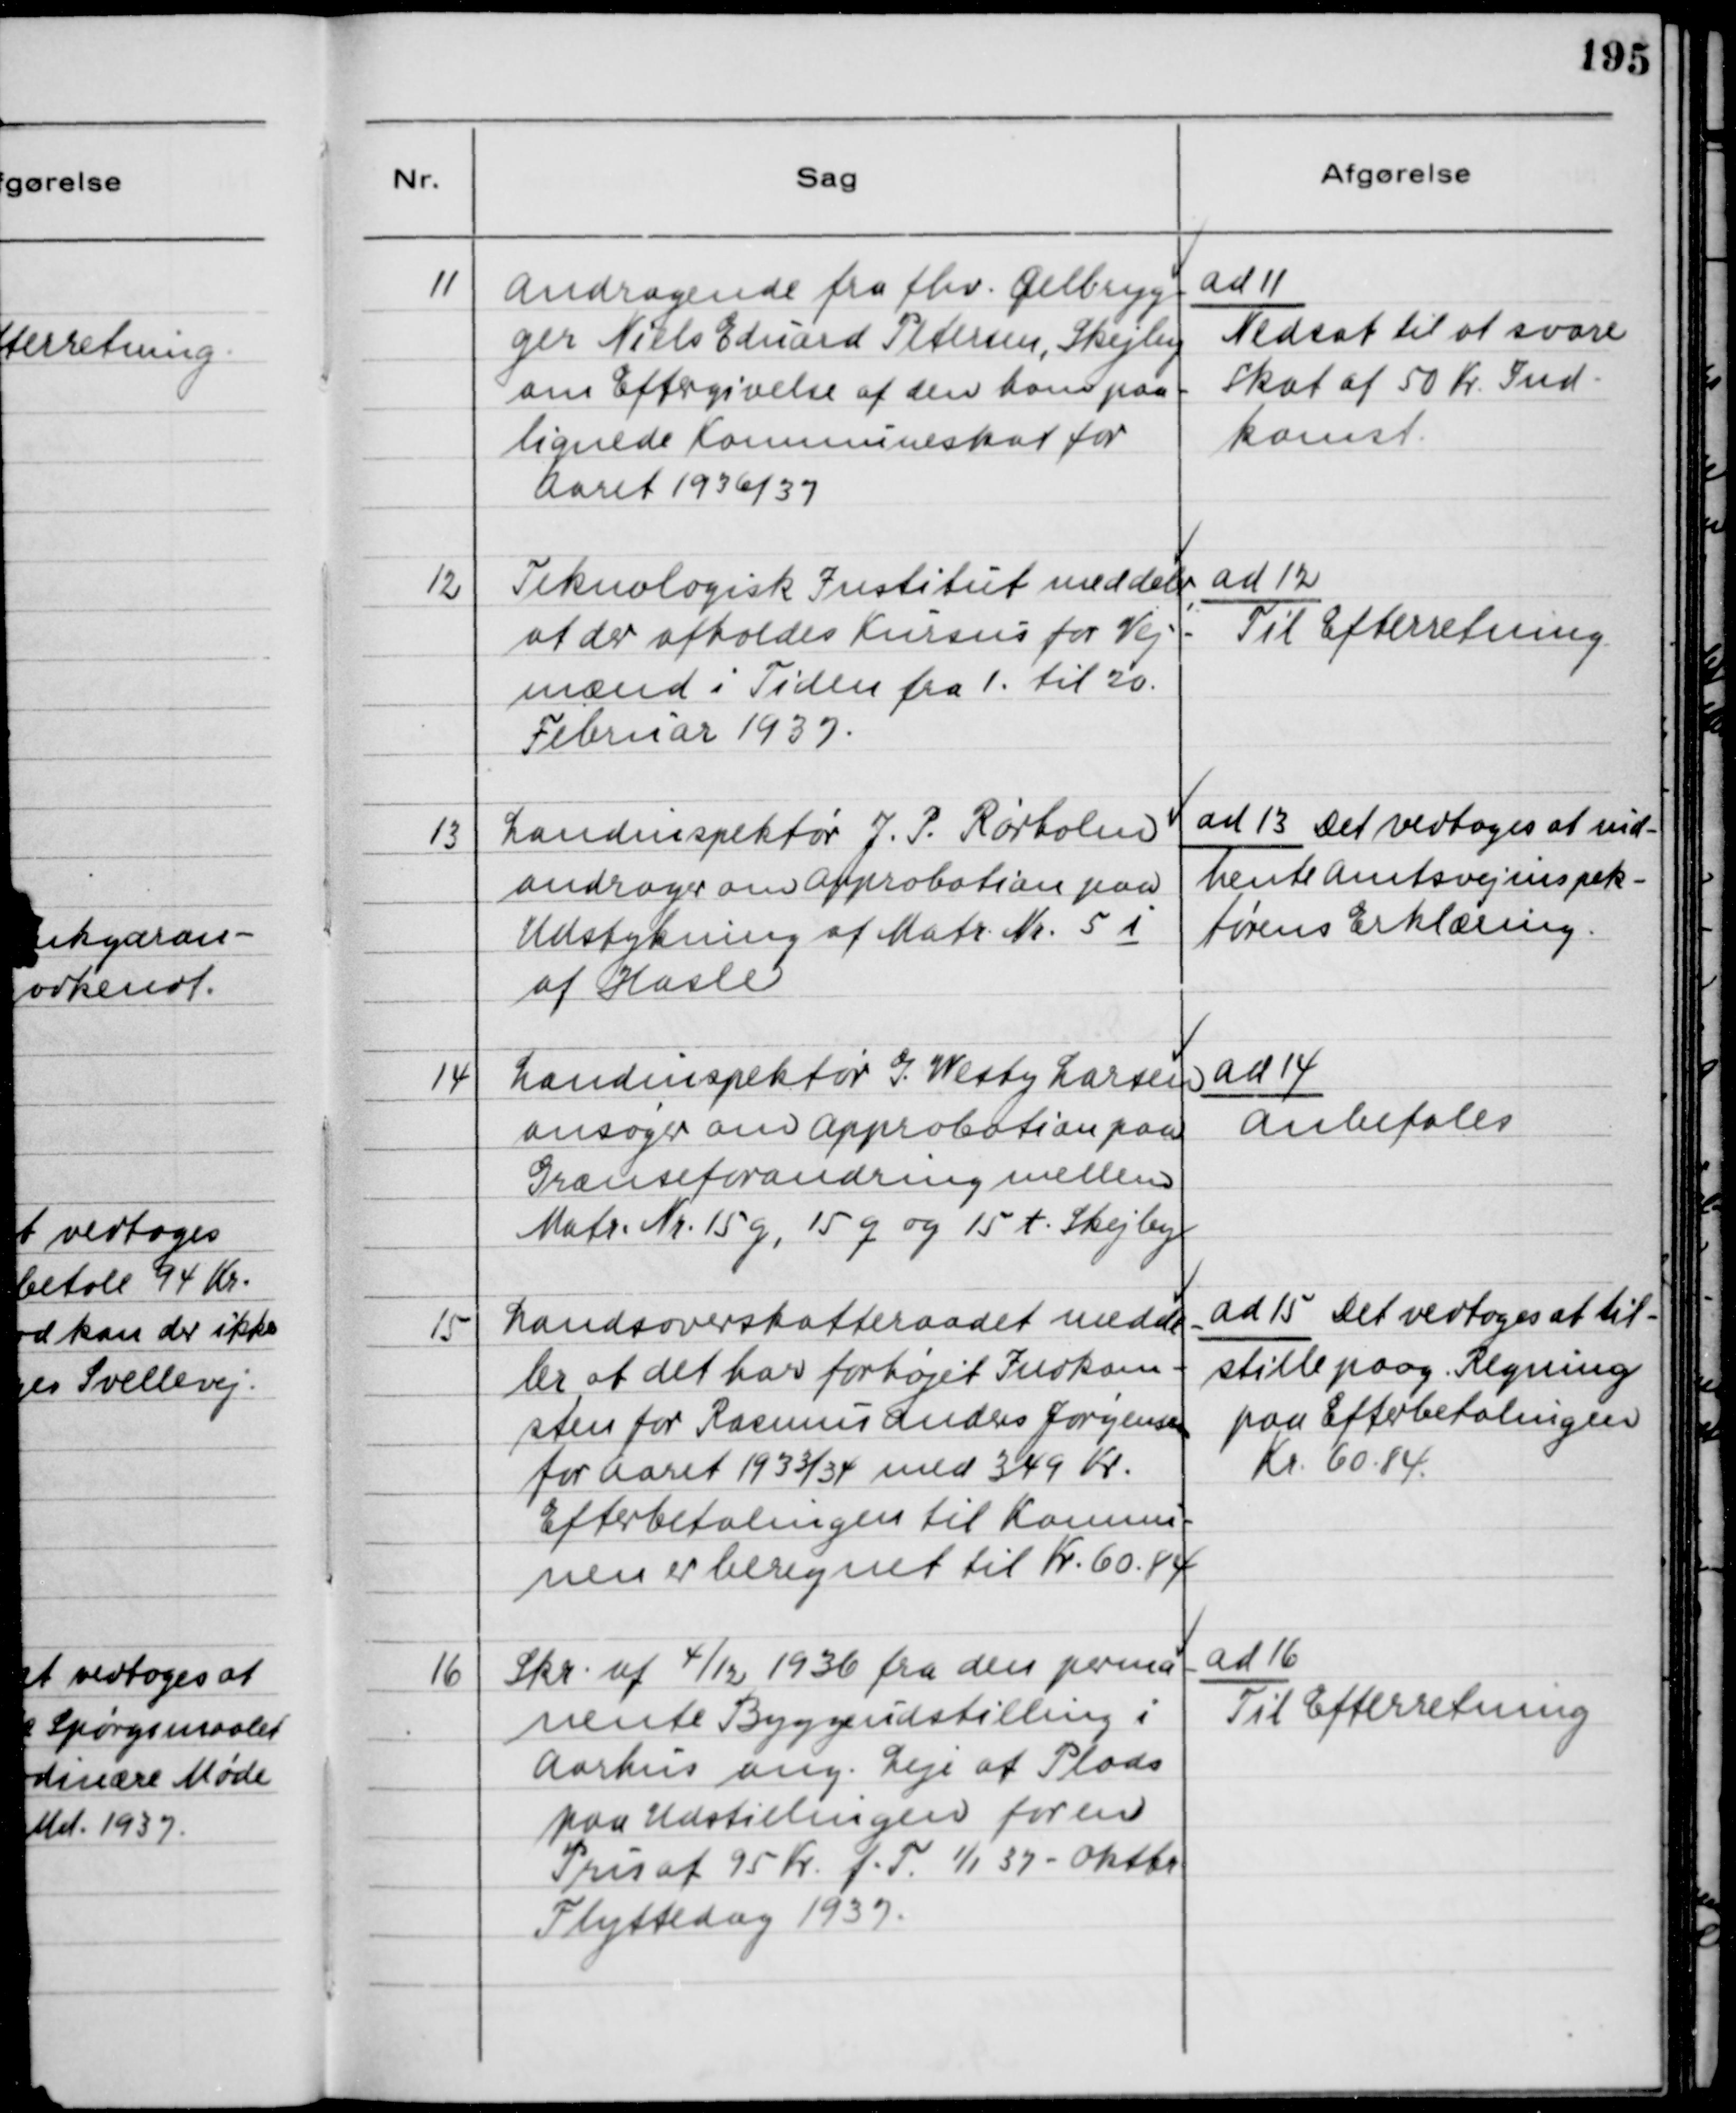
Transskription:
11
Andragende fra fhv. Øelbryg-
ger Niels Edvard Petersen, Skejby
om Eftergivelse af den hans paa-
lignede Kommuneskat for
Aaret 1936/37
ad 11
Nedsat til at svare
skat af 50 Kr Ind-
komst.
12
Teknologisk Institut meddeler
at der afholdes Kursus for Vej-
mænd i Tiden fra 1. til 20.
Februar 1937.
ad 12
Til Efterretning
13
Landinspektør J.P. Rørholm
andrager om Approbation paa
Udstykning af Matr. Nr. 5 i
af Hasle
ad 13 Det vedtoges at ind-
hente Amtsvejinspek-
tørens Erklæring.
14
Landinspektør G. Westy Larsen
ansøger om Approbation paa
Grænseforandring mellem
Matr.Nr. 15 g, 15q og 15 t Skejby
ad 14
Anbefales
15
Landsoverskatteraadet medde-
ler at det har forhøjet Indkom-
sten for Rasmus Anders Jørgensen
for Aaret 1933/34 med 349 Kr.
Efterbetalingen til Kommu-
nen er beregnet til Kr. 60.84
ad 15 Det vedtoges at til-
stille paag. Regning
paa Efterbetalingen
Kr. 60.84
16
Skr. af 4/12 1936 fra den perma-
nente Byggeudstilling i
Aarhus ang. Leje af Plads
paa Udstillingen for en
Pris af 95 Kr f.T 1/1 37 - Oktbr.
Flyttedag 1937
ad 16
Til Efterretning